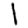
Digit: 1